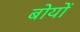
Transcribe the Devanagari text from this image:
बोयों